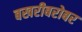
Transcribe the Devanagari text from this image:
बखरीबरोबर